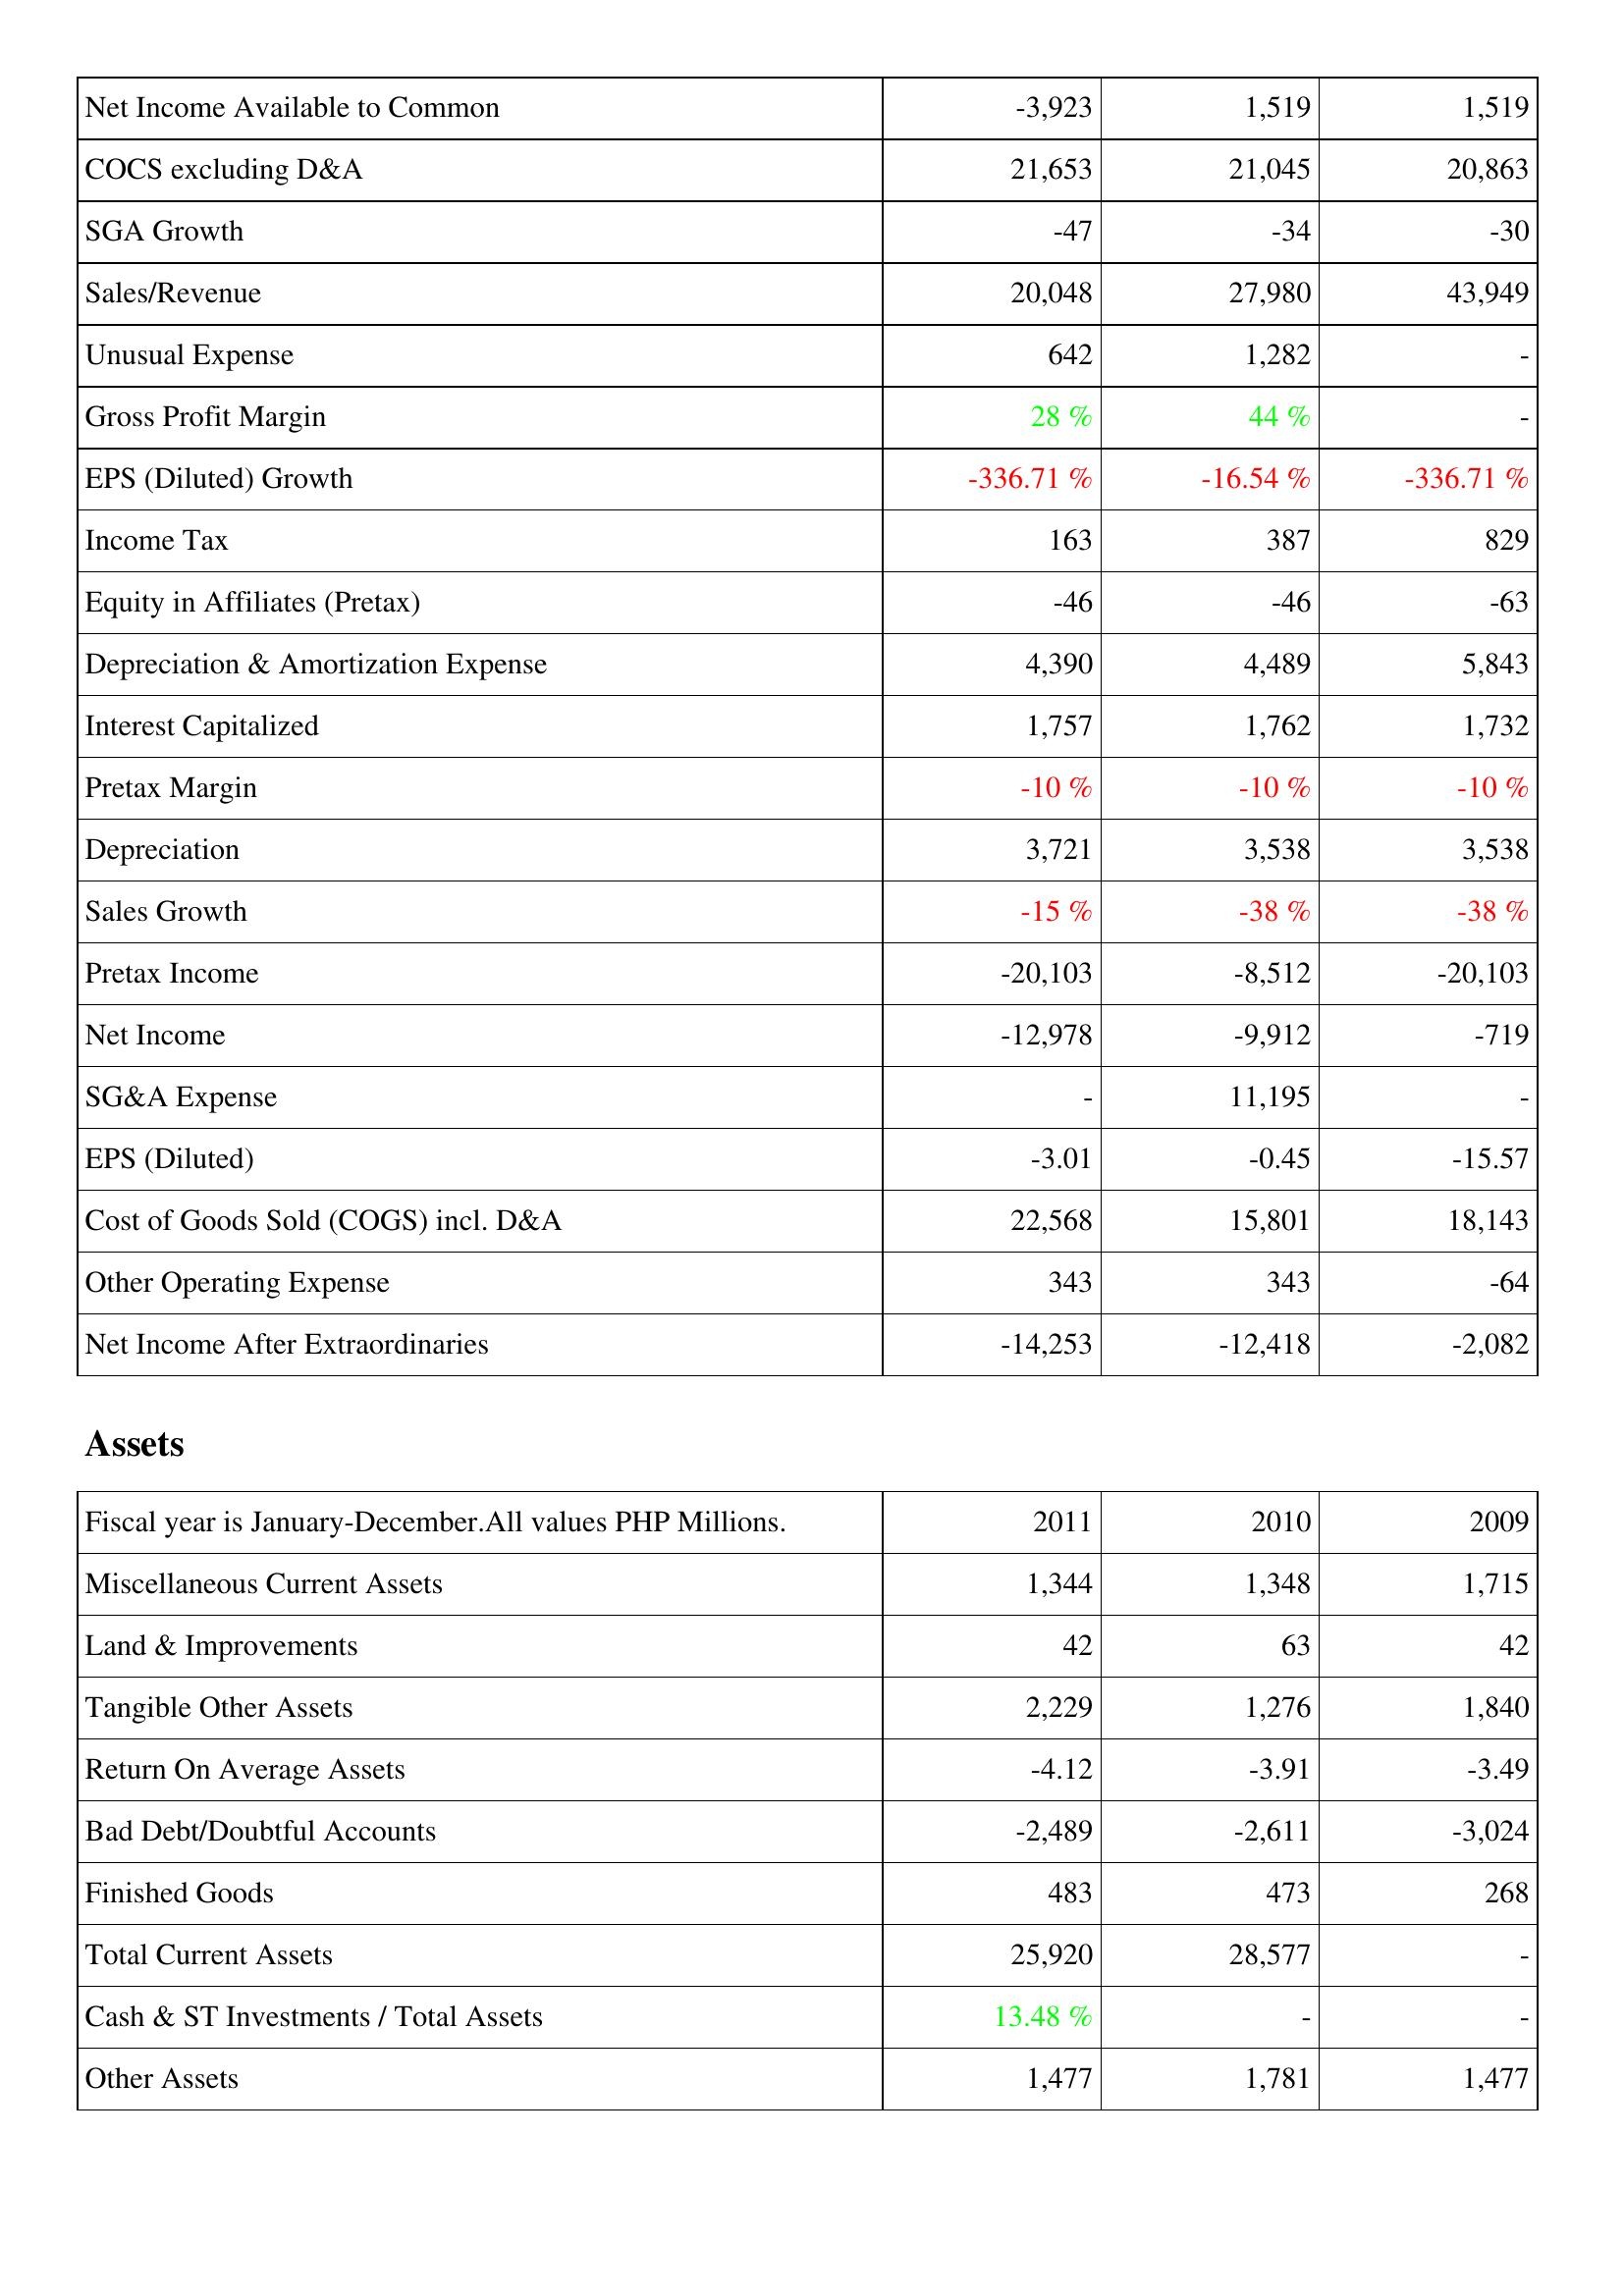
2011: Income Statement: Net Income Available to Common: -3,923
COCS excluding D&A: 21,653
SGA Growth: -47
Sales/Revenue: 20,048
Unusual Expense: 642
Gross Profit Margin: 28 %
EPS (Diluted) Growth: -336.71 %
Income Tax: 163
Equity in Affiliates (Pretax): -46
Depreciation & Amortization Expense: 4,390
Interest Capitalized: 1,757
Pretax Margin: -10 %
Depreciation: 3,721
Sales Growth: -15 %
Pretax Income: -20,103
Net Income: -12,978
SG&A Expense: -
EPS (Diluted): -3.01
Cost of Goods Sold (COGS) incl. D&A: 22,568
Other Operating Expense: 343
Net Income After Extraordinaries: -14,253
Assets: Miscellaneous Current Assets: 1,344
Land & Improvements: 42
Tangible Other Assets: 2,229
Return On Average Assets: -4.12
Bad Debt/Doubtful Accounts: -2,489
Finished Goods: 483
Total Current Assets: 25,920
Cash & ST Investments / Total Assets: 13.48 %
Other Assets: 1,477
2010: Income Statement: Net Income Available to Common: 1,519
COCS excluding D&A: 21,045
SGA Growth: -34
Sales/Revenue: 27,980
Unusual Expense: 1,282
Gross Profit Margin: 44 %
EPS (Diluted) Growth: -16.54 %
Income Tax: 387
Equity in Affiliates (Pretax): -46
Depreciation & Amortization Expense: 4,489
Interest Capitalized: 1,762
Pretax Margin: -10 %
Depreciation: 3,538
Sales Growth: -38 %
Pretax Income: -8,512
Net Income: -9,912
SG&A Expense: 11,195
EPS (Diluted): -0.45
Cost of Goods Sold (COGS) incl. D&A: 15,801
Other Operating Expense: 343
Net Income After Extraordinaries: -12,418
Assets: Miscellaneous Current Assets: 1,348
Land & Improvements: 63
Tangible Other Assets: 1,276
Return On Average Assets: -3.91
Bad Debt/Doubtful Accounts: -2,611
Finished Goods: 473
Total Current Assets: 28,577
Cash & ST Investments / Total Assets: -
Other Assets: 1,781
2009: Income Statement: Net Income Available to Common: 1,519
COCS excluding D&A: 20,863
SGA Growth: -30
Sales/Revenue: 43,949
Unusual Expense: -
Gross Profit Margin: -
EPS (Diluted) Growth: -336.71 %
Income Tax: 829
Equity in Affiliates (Pretax): -63
Depreciation & Amortization Expense: 5,843
Interest Capitalized: 1,732
Pretax Margin: -10 %
Depreciation: 3,538
Sales Growth: -38 %
Pretax Income: -20,103
Net Income: -719
SG&A Expense: -
EPS (Diluted): -15.57
Cost of Goods Sold (COGS) incl. D&A: 18,143
Other Operating Expense: -64
Net Income After Extraordinaries: -2,082
Assets: Miscellaneous Current Assets: 1,715
Land & Improvements: 42
Tangible Other Assets: 1,840
Return On Average Assets: -3.49
Bad Debt/Doubtful Accounts: -3,024
Finished Goods: 268
Total Current Assets: -
Cash & ST Investments / Total Assets: -
Other Assets: 1,477